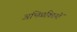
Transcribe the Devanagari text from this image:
अभिव्‍यक्तियों